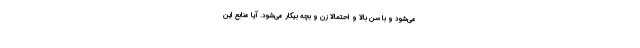
می‌شود و با سن بالا و احتمالا زن و بچه بیکار می‌شود. آیا منابع این